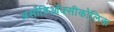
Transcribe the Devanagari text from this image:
अर्सोडिऑक्सीकोलिक